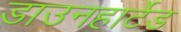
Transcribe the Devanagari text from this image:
डाउनहार्टेड